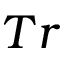
T r